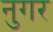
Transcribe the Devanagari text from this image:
नुगर